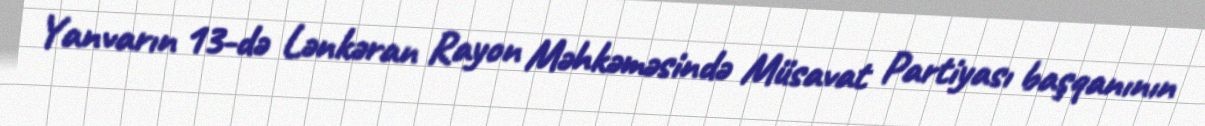
Yanvarın 13-də Lənkəran Rayon Məhkəməsində Müsavat Partiyası başqanının